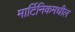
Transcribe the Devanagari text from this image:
मार्टिनिकमधील